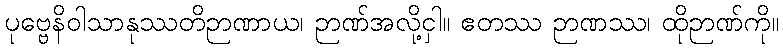
ပုဗ္ဗေနိဝါသာနုဿတိဉာဏာယ၊ ဉာဏ်အလို့ငှါ။ ဧတဿ ဉာဏဿ၊ ထိုဉာဏ်ကို။